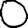
Digit: 0